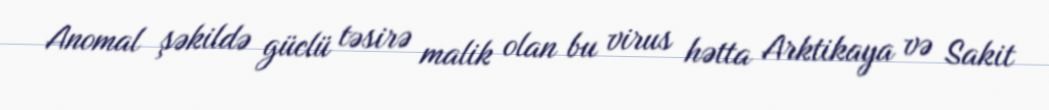
Anomal şəkildə güclü təsirə malik olan bu virus hətta Arktikaya və Sakit